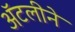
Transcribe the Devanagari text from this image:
अॅटलीने